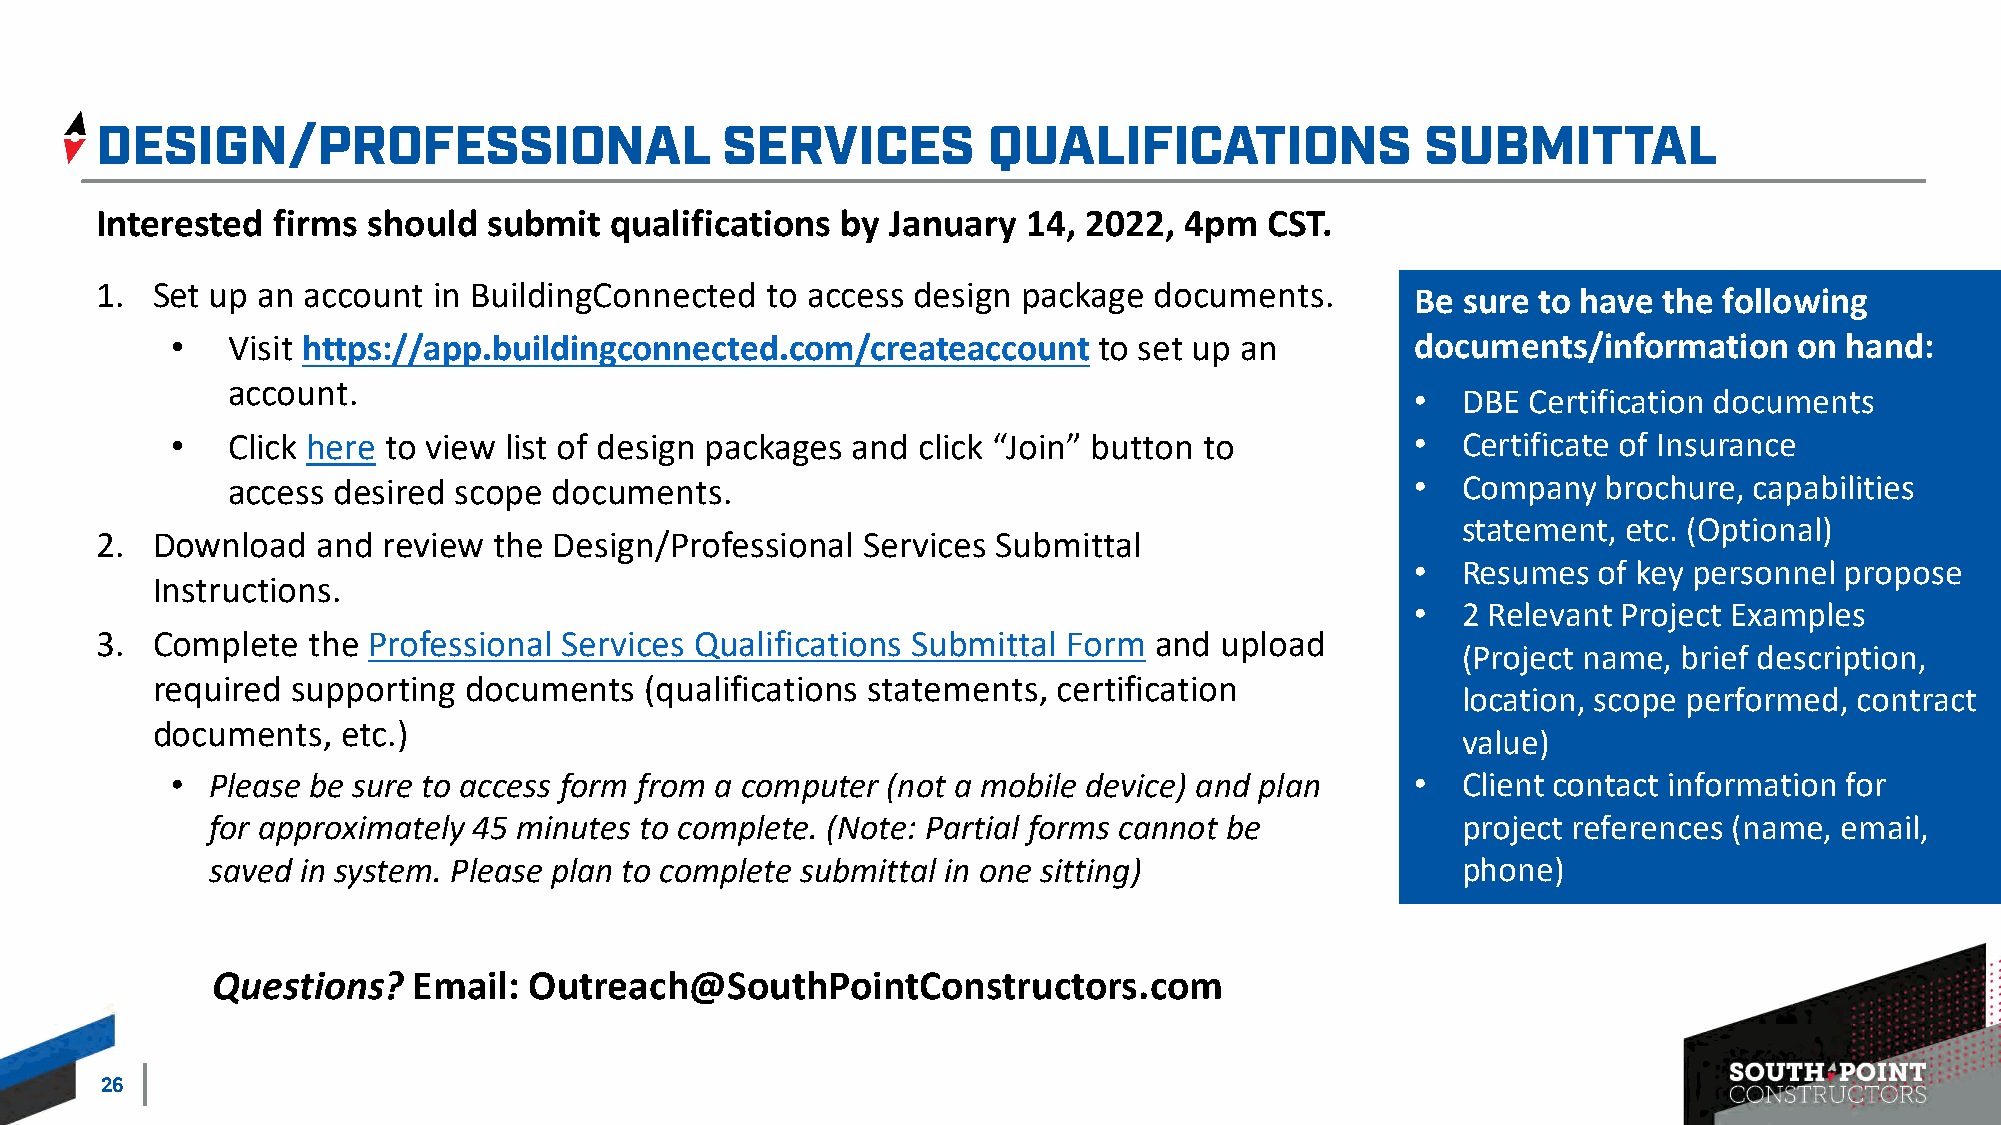
Interested  firms should  submit  qualifications  by January  14, 2022, 4pm   CST.
 1.  Set up an account  in BuildingConnected  to access design package documents.        Be sure to have the following
 •   Visit https://app.buildingconnected.com/createaccount     to set up an         documents/information    on hand:
 account.
 •  DBE Certification documents
 •   Click here to view list of design packages and click “Join” button to          •  Certificate of Insurance
 access desired scope  documents.                                               •  Company  brochure, capabilities
 statement, etc. (Optional)
 2.  Download   and review  the Design/Professional Services Submittal
 •  Resumes  of key personnel propose
 Instructions.
 •  2 Relevant Project Examples
 3.  Complete  the Professional Services Qualifications Submittal Form and  upload
 (Project name, brief description,
 required supporting  documents   (qualifications statements, certification
 location, scope performed, contract
 documents,   etc.)
 value)
 •  Please be sure to access form from a computer (not a mobile device) and plan    •  Client contact information for
 for approximately 45 minutes to complete. (Note: Partial forms cannot be           project references (name, email,
 saved in system. Please plan to complete submittal in one sitting)                 phone)
 Questions?   Email:  Outreach@SouthPointConstructors.com
 26